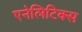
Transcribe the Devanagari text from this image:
एनेलिटिक्स